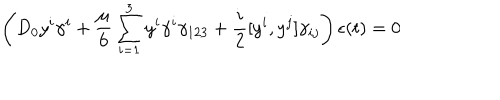
\left( D _ { 0 } y ^ { i } \gamma ^ { i } + { \frac { \mu } { 6 } } \sum _ { i = 1 } ^ { 3 } y ^ { i } \gamma ^ { i } \gamma _ { 1 2 3 } + { \frac { i } { 2 } } [ y ^ { i } , y ^ { j } ] \gamma _ { i j } \right) \epsilon ( t ) = 0